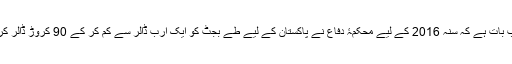
غور طلب بات ہے کہ سنہ 2016 کے لیے محکمۂ دفاع نے پاکستان کے لیے طے بجٹ کو ایک ارب ڈالر سے کم کر کے 90 کروڑ ڈالر کر دیا ہے۔